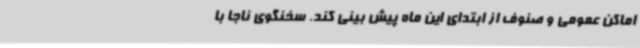
اماکن عمومی و صنوف از ابتدای این ماه پیش بینی کند. سخنگوی ناجا با